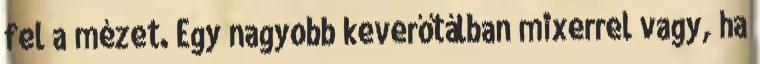
fel a mézet. Egy nagyobb keverőtálban mixerrel vagy, ha